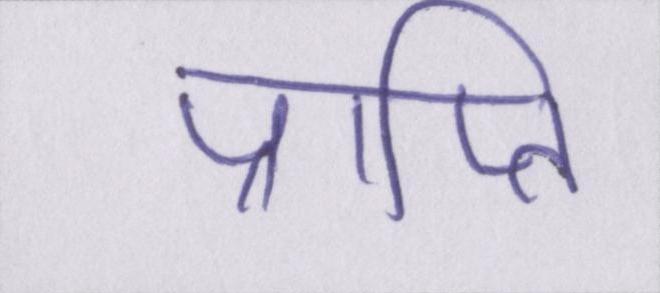
प्राप्ति